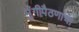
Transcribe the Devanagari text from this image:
मुंगीपैठणाचा